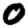
Digit: 0